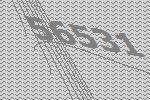
56531